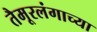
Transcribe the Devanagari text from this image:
तैमूरलंगाच्या